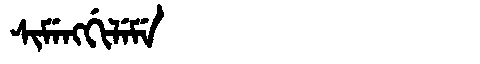
Manchu: ᠰᡳᠮᡝᠩᡤᡳᠯᡝᠮᡝ
Romanization: SIMENGGILEME